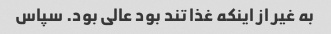
به غیر از اینکه غذا تند بود عالی بود. سپاس